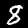
Label: 8